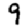
Digit: 9